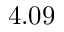
4 . 0 9